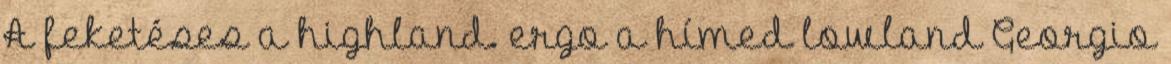
A feketéses a highland. ergo a hímed lowland Georgio